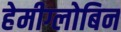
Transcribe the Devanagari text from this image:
हेमीग्लोबिन